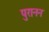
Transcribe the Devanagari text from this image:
पुरानन